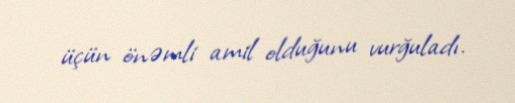
üçün önəmli amil olduğunu vurğuladı.